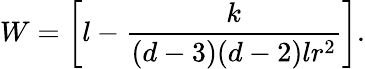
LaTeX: W=\left[l-\frac{k}{(d-3)(d-2)lr^{2}}\right].